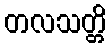
တလသတ္တိ